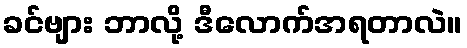
ခင်ဗျား ဘာလို့ ဒီလောက်အရတာလဲ။